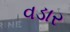
વડાર